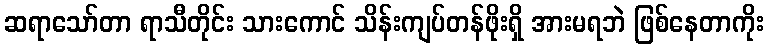
ဆရာသော်တာ ရာသီတိုင်း သားကောင် သိန်းကျပ်တန်ဖိုးရှိ အားမရဘဲ ဖြစ်နေတာကိုး